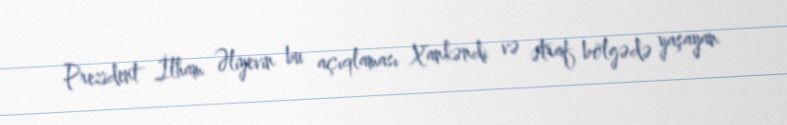
Prezident İlham Əliyevin bu açıqlaması Xankəndi və ətraf bölgədə yaşayan